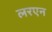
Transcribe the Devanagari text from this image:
लरएन